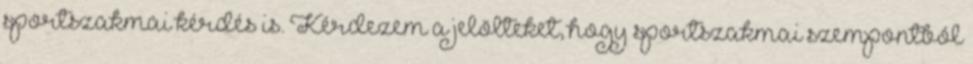
sportszakmai kérdés is. Kérdezem a jelölteket, hogy sportszakmai szempontból